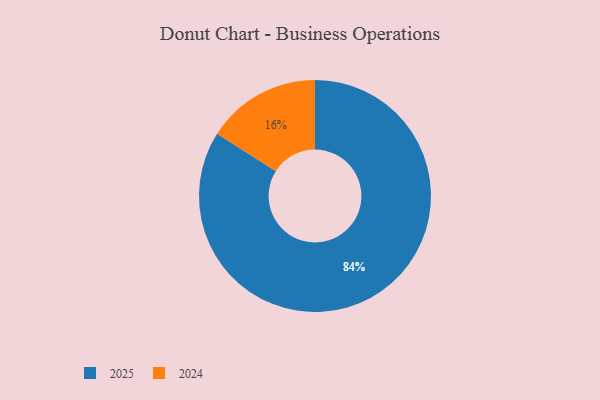
{"axis": {"x": "Category", "y": "Percentage"}, "legend": ["2024", "2025"], "data": [{"x": "2025", "y": 84, "type": "2025"}, {"x": "2024", "y": 16, "type": "2024"}]}